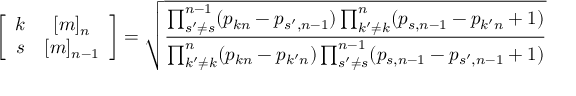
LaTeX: \left[ \begin{array} { c c } { { k } } & { { [ m ] _ { n } } } \\ { { s } } & { { [ m ] _ { n - 1 } } } \end{array} \right] = \sqrt { \frac { \prod _ { s ^ { \prime } \neq s } ^ { n - 1 } ( p _ { k n } - p _ { s ^ { \prime } , n - 1 } ) \prod _ { k ^ { \prime } \neq k } ^ { n } ( p _ { s , n - 1 } - p _ { k ^ { \prime } n } + 1 ) } { \prod _ { k ^ { \prime } \neq k } ^ { n } ( p _ { k n } - p _ { k ^ { \prime } n } ) \prod _ { s ^ { \prime } \neq s } ^ { n - 1 } ( p _ { s , n - 1 } - p _ { s ^ { \prime } , n - 1 } + 1 ) } }